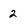
Character: 2